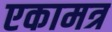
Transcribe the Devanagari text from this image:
एकामत्र